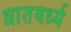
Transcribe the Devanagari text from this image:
धातवर्ध्य